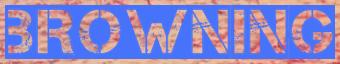
BROWNING